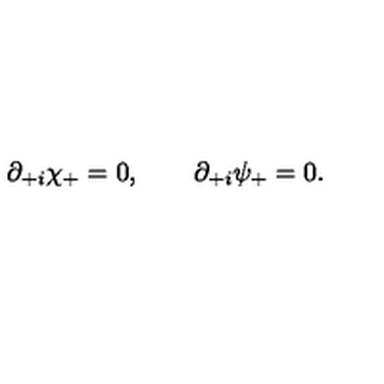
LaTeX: \partial _ { + i } \chi _ { + } = 0 , \qquad \partial _ { + i } \psi _ { + } = 0 .